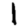
Digit: 1